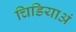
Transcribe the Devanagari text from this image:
चिडियाअं